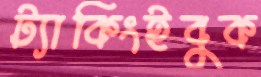
ট্যাকিংইবুক